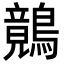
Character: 𪅑